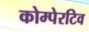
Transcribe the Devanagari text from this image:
कोम्पेरटिव